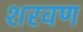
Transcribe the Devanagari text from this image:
शरवण